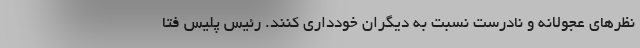
نظرهای عجولانه و نادرست نسبت به دیگران خودداری کنند. رئیس پلیس فتا